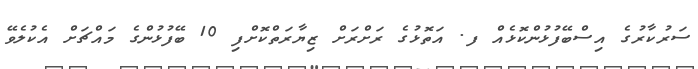
ސަރުކާރުގެ އިސްބޭފުޅުންކޮޅެއް ފ. އަތޮޅުގެ ރަށްރަށް ޒިޔާރަތްކޮށްފި 10 ބޭފުޅުންގެ މައްޗަށް އެކުލެވޭ